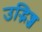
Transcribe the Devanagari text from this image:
उद्भिज्ज